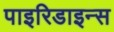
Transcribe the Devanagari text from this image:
पाइरिडाइन्स